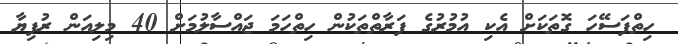
ހިތްފަސޭހަ ގޮތަކަށް އެކި އުމުރުގެ ފަރާތްތަކުން ހިތްހަމަ ޖައްސާލުމަށް 40 މިލިއަން ރުފިޔާ